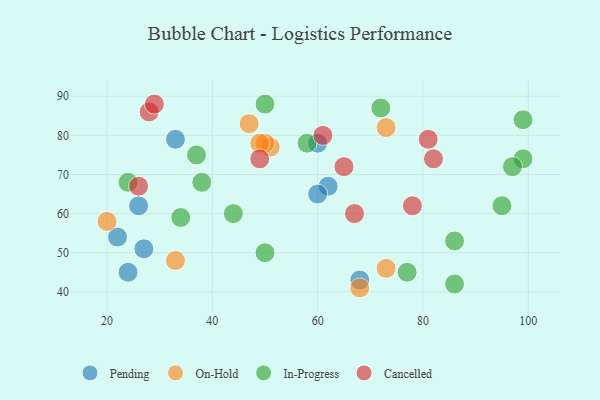
{"axis": {"x": "GDP", "y": "Life Expectancy"}, "legend": ["Cancelled", "In-Progress", "On-Hold", "Pending"], "data": [{"x": "62", "y": 67, "type": "Pending"}, {"x": "33", "y": 79, "type": "Pending"}, {"x": "60", "y": 78, "type": "Pending"}, {"x": "22", "y": 54, "type": "Pending"}, {"x": "60", "y": 65, "type": "Pending"}, {"x": "27", "y": 51, "type": "Pending"}, {"x": "68", "y": 43, "type": "Pending"}, {"x": "26", "y": 62, "type": "Pending"}, {"x": "24", "y": 45, "type": "Pending"}, {"x": "73", "y": 46, "type": "On-Hold"}, {"x": "51", "y": 77, "type": "On-Hold"}, {"x": "20", "y": 58, "type": "On-Hold"}, {"x": "33", "y": 48, "type": "On-Hold"}, {"x": "50", "y": 78, "type": "On-Hold"}, {"x": "47", "y": 83, "type": "On-Hold"}, {"x": "49", "y": 78, "type": "On-Hold"}, {"x": "68", "y": 41, "type": "On-Hold"}, {"x": "73", "y": 82, "type": "On-Hold"}, {"x": "24", "y": 68, "type": "In-Progress"}, {"x": "44", "y": 60, "type": "In-Progress"}, {"x": "99", "y": 74, "type": "In-Progress"}, {"x": "72", "y": 87, "type": "In-Progress"}, {"x": "77", "y": 45, "type": "In-Progress"}, {"x": "95", "y": 62, "type": "In-Progress"}, {"x": "86", "y": 42, "type": "In-Progress"}, {"x": "58", "y": 78, "type": "In-Progress"}, {"x": "97", "y": 72, "type": "In-Progress"}, {"x": "38", "y": 68, "type": "In-Progress"}, {"x": "34", "y": 59, "type": "In-Progress"}, {"x": "50", "y": 50, "type": "In-Progress"}, {"x": "50", "y": 88, "type": "In-Progress"}, {"x": "99", "y": 84, "type": "In-Progress"}, {"x": "37", "y": 75, "type": "In-Progress"}, {"x": "86", "y": 53, "type": "In-Progress"}, {"x": "28", "y": 86, "type": "Cancelled"}, {"x": "49", "y": 74, "type": "Cancelled"}, {"x": "29", "y": 88, "type": "Cancelled"}, {"x": "67", "y": 60, "type": "Cancelled"}, {"x": "26", "y": 67, "type": "Cancelled"}, {"x": "65", "y": 72, "type": "Cancelled"}, {"x": "82", "y": 74, "type": "Cancelled"}, {"x": "81", "y": 79, "type": "Cancelled"}, {"x": "61", "y": 80, "type": "Cancelled"}, {"x": "78", "y": 62, "type": "Cancelled"}]}